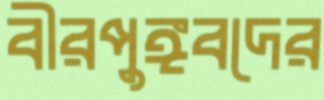
বীরপুঙ্গবদের